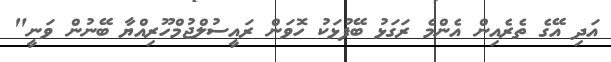
އަދި އޭގެ ތެރެއިން އެންމެ ރަގަޅު ބޭފުޅަކު ހޮވަން ރައީސުލްޖުމްހޫރިއްޔާ ބޭނުން ވަނީ"